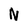
Character: N